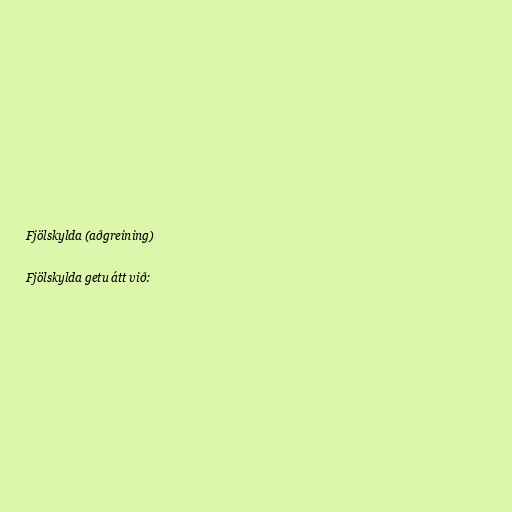
Fjölskylda (aðgreining)

Fjölskylda getu átt við: